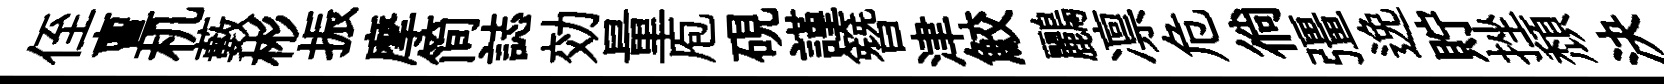
侄亶机藪彬振摩简誌効量庖硯謹簪津鮫鸝凛危徜彊𨓜貯挫頽決